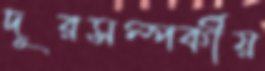
দূরসম্পর্কীয়